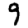
Digit: 9